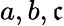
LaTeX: a,b,\mathfrak{c}